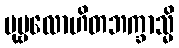
ပုဗ္ဗလောဟိတဘက္ခာသ္မိ